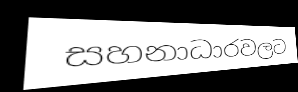
සහනාධාරවලට